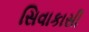
સિવાકાસી